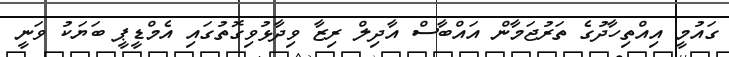
ގައުމީ އިއްތިހާދުގެ ތަރުޖަމާން އައްބާސް އާދިލް ރިޒާ ވިދާޅުވިގޮތުގައި އެމްޑީޕީ ބަޔަކު ވަނީ